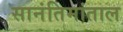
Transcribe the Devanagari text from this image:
सानंतिमांताल